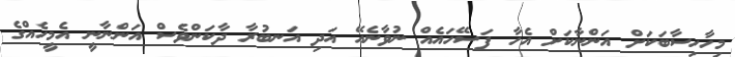
މިހާހިސާބަކަށް އަންނާކަށް އެހާ ފަސޭހައެއް ނުވާނެއޭ އަދި އަނބުރާ ދާކަންވެސް އަންނާނީ އެމީހެއްގެ